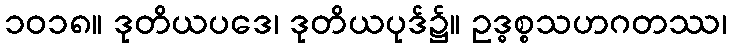
၁၀၁၈။ ဒုတိယပဒေ၊ ဒုတိယပုဒ်၌။ ဥဒ္ဓစ္စသဟဂတဿ၊